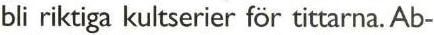
bli riktiga kultserier för tittarna. Ab-